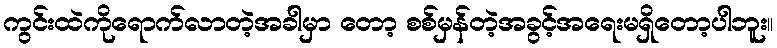
ကွင်းထဲကိုရောက်လာတဲ့အခါမှာ တော့ စစ်မှန်တဲ့အခွင့်အရေးမရှိတော့ပါဘူး။